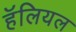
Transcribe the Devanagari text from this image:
हॅलियल